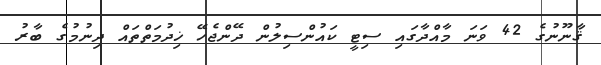
ޤާނޫނުގެ 42 ވަނަ މާއްދާގައި ސިޓީ ކައުންސިލުން ދޭންޖެހޭ ޚިދުމަތްތައް ދިނުމުގެ ބާރު